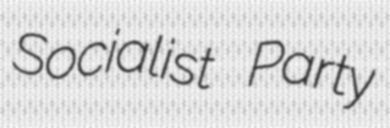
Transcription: Socialist Party